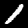
Label: 1